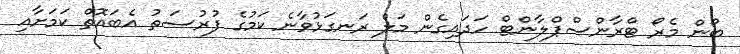
ބޯން މެރޯ ޓްރާންސްޕްލާންޓް ހަދައިގެން މަލް ރަނގަޅުވާނެ ކަމުގެ ފުރުސަތު އެބައޮތް ކަމަށާއި